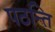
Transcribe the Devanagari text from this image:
पठन्ति